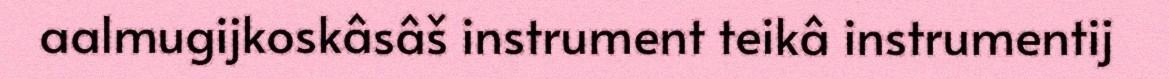
aalmugijkoskâsâš instrument teikâ instrumentij